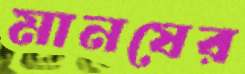
মানষের